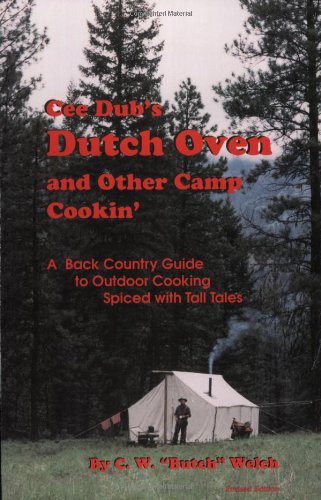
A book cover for Cee Dub's Dutch Oven and Other Camp Cookin'; C. W. Welch; Cookbooks, Food & Wine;